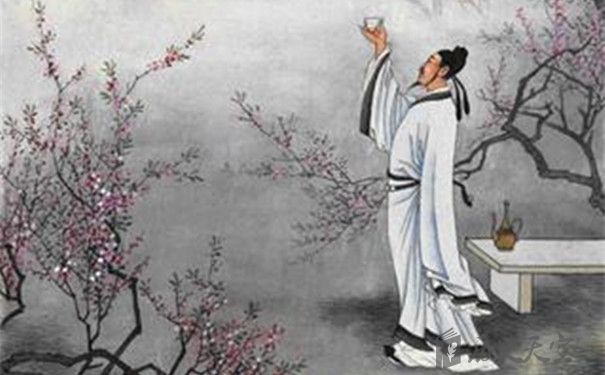
送君如昨日，檐前露已团。